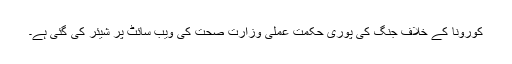
کورونا کے خلاف جنگ کی پوری حکمت عملی وزارت صحت کی ویب سائٹ پر شیئر کی گئی ہے۔